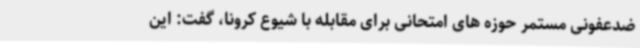
ضدعفونی مستمر حوزه های امتحانی برای مقابله با شیوع کرونا، گفت: این